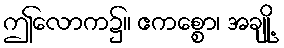
ဤလောက၌။ ဧကစ္စော၊ အချို့